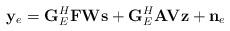
LaTeX: \begin{align*}{\bf y}_e={\bf G}^H_E {\bf FW} {\bf s}+{\bf G}^H_E {\bf AV}{\bf z}+{\bf n}_e\end{align*}